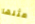
مثلها